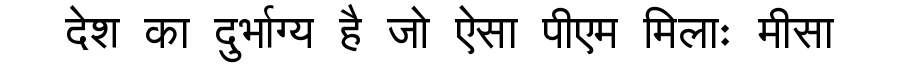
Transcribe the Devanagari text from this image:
देश का दुर्भाग्य है जो ऐसा पीएम मिलाः मीसा